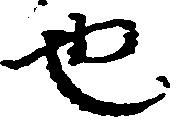
也